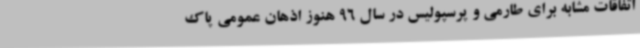
اتفاقات مشابه برای طارمی و پرسپولیس در سال 96 هنوز اذهان عمومی پاک